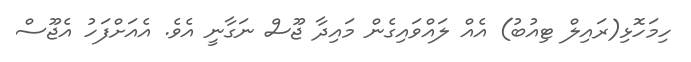
ހިމަހޮޅި(ރައިލް ޓިއުބު) އެއް ލައްވައިގެން މައިދާ ޖޫސް ނަގާނީ އެވެ. އެއަށްފަހު އެޖޫސް